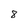
Character: 8